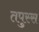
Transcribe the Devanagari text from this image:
तपुस्स